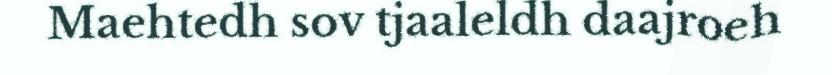
Maehtedh sov tjaaleldh daajroeh